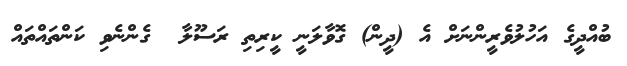
ބުއްދީގެ އަހުލުވެރީންނަށް އެ (ދީން) ގޮވާލަނީ ކީރިތި ރަސޫލާ  ގެންނެވި ކަންތައްތައް